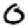
Digit: 0